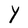
Character: Y